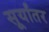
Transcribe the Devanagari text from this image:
सूर्यांतर